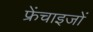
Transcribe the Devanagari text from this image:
फ्रेंचाइजों